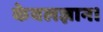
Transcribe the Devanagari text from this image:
केवलज्ञान।